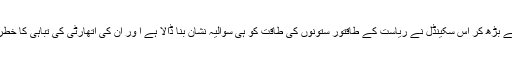
لیکن اس سب کچھ سے بڑھ کر اس سکینڈل نے ریاست کے طاقتور ستونوں کی طاقت کو ہی سوالیہ نشان بنا ڈالا ہے ا ور ان کی اتھارٹی کی تباہی کا خطرہ سامنے لے آیاہے ۔